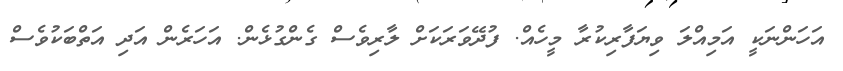
އަހަންނަކީ އަމިއްލަ ވިޔަފާރިކުރާ މީހެއް. ފުދޭވަރަކަށް ލާރިވެސް ގެންގުޅެން. އަހަރެން އަދި އަތްބަކުވެސް